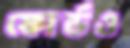
ফোর্ডও